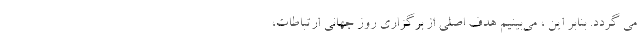
می گردد. بنابر این ، می‌بینیم هدف اصلی از برگزاری روز جهانی ارتباطات‌،